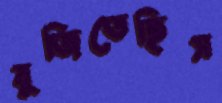
বুজিতেছিস